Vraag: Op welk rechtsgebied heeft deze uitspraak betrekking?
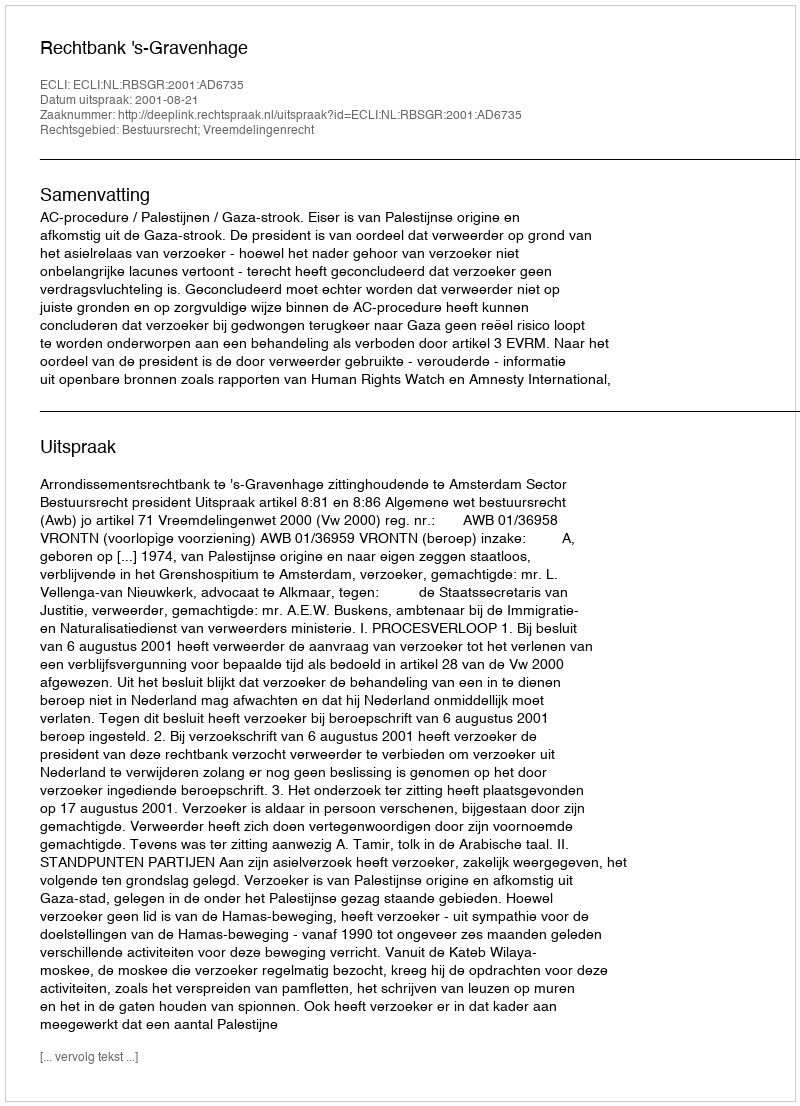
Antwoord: Bestuursrecht; Vreemdelingenrecht